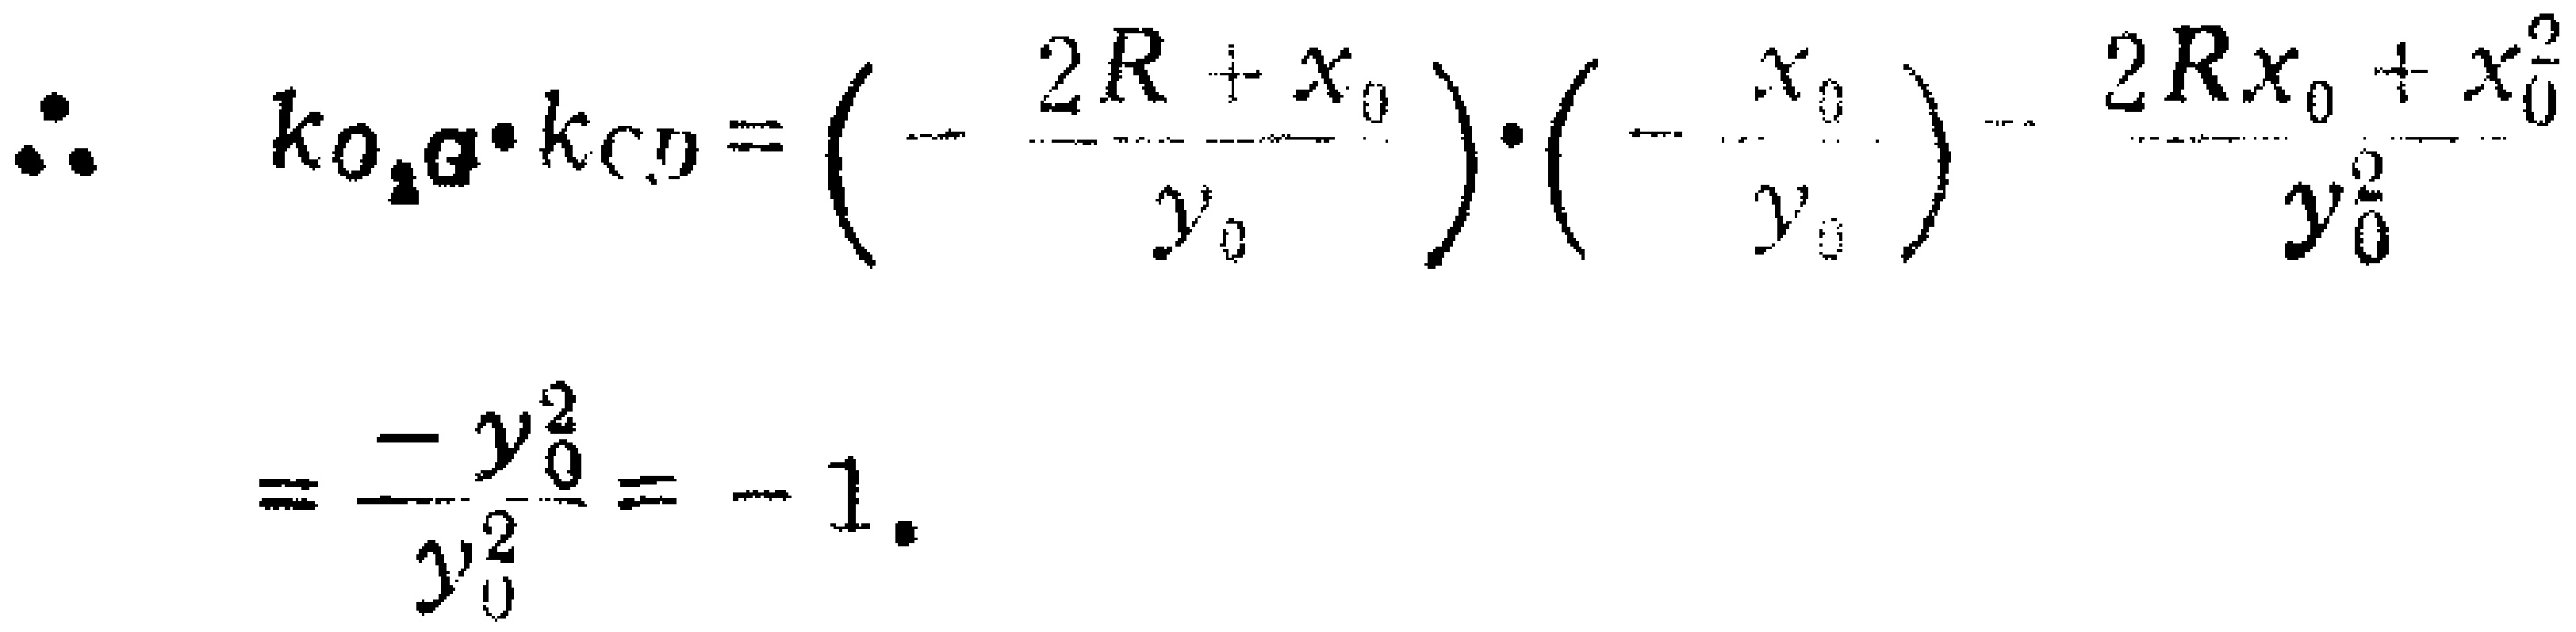
\[\begin{align*}
\therefore\quad k_{O_{2}G}\cdot k_{CD}&=\left(-\frac{2R + x_{0}}{y_{0}}\right)\cdot\left(-\frac{x_{0}}{y_{0}}\right)=\frac{2Rx_{0}+x_{0}^{2}}{y_{0}^{2}}\\
&=\frac{-y_{0}^{2}}{y_{0}^{2}}=- 1.
\end{align*}\]